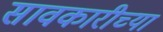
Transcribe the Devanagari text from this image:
सावकारीच्या